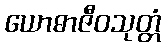
ယောဓာဇီဝသုတ္တံ